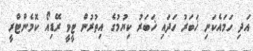
އަދި ހަމައެކަނި ޚަބަރު ހަަދައި ޚަބަރު ކިޔުމުގެ އިތުރުން ޓީވީ ރޭޑިއޯ ކޮމެންޓްރީ